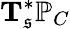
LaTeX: \mathbf{T}_{\mathfrak{s}}^{*}\mathbb{P}_{C}